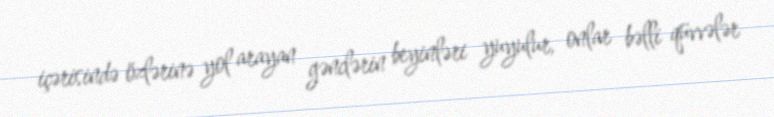
içərisində özlərinə yol arayan gənclərin beyinləri yuyulur, onlar bəlli qüvvələr